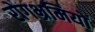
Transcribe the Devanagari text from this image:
रोगभ्रमियों